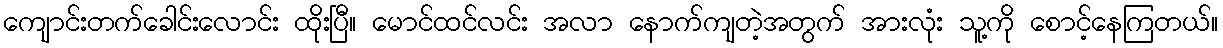
ကျောင်းတက်ခေါင်းလောင်း ထိုးပြီ။ မောင်ထင်လင်း အလာ နောက်ကျတဲ့အတွက် အားလုံး သူ့ကို စောင့်နေကြတယ်။